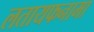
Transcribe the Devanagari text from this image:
लतायफनामा